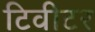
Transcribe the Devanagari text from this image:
टिवीटर